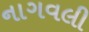
નાગવલી